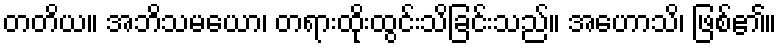
တတိယ။ အဘိသမယော၊ တရားထိုးထွင်းသိခြင်းသည်။ အဟောသိ၊ ဖြစ်၏။